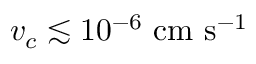
v _ { c } \lesssim 1 0 ^ { - 6 } \ \mathrm { c m \ s ^ { - 1 } }